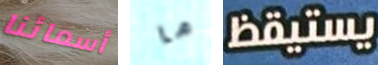
أسمائنا ما يستيقظ